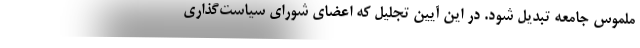
ملموس جامعه تبدیل شود. در این آیین تجلیل که اعضای شورای سیاست‌گذاری